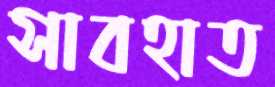
সাবহাত